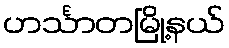
ဟင်္သာတမြို့နယ်